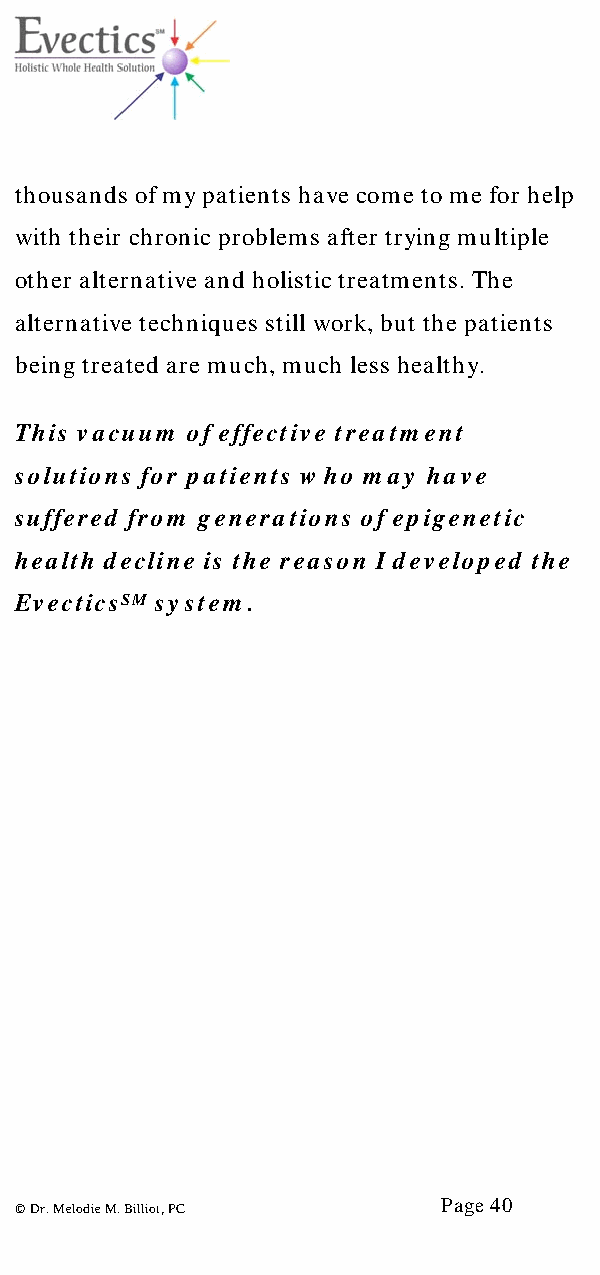
thousands of my patients have come to me for help
 with their chronic problems after trying multiple
 other alternative and holistic treatments. The
 alternative techniques still work, but the patients
 being treated are much, much less healthy.
 This vacuum of effective treatment
 solutions for patients w ho may have
 suffered from generations of epigenetic
 health decline is the reason I developed the
 EvecticsSM system.
 Page 40
 © Dr. Melodie M. Billiot, PC